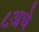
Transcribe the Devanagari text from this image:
८अचे